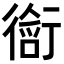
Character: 𬡀